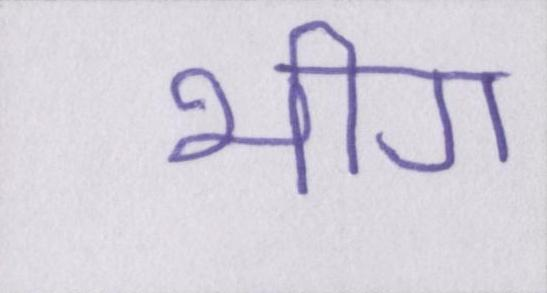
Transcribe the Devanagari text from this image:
भीग